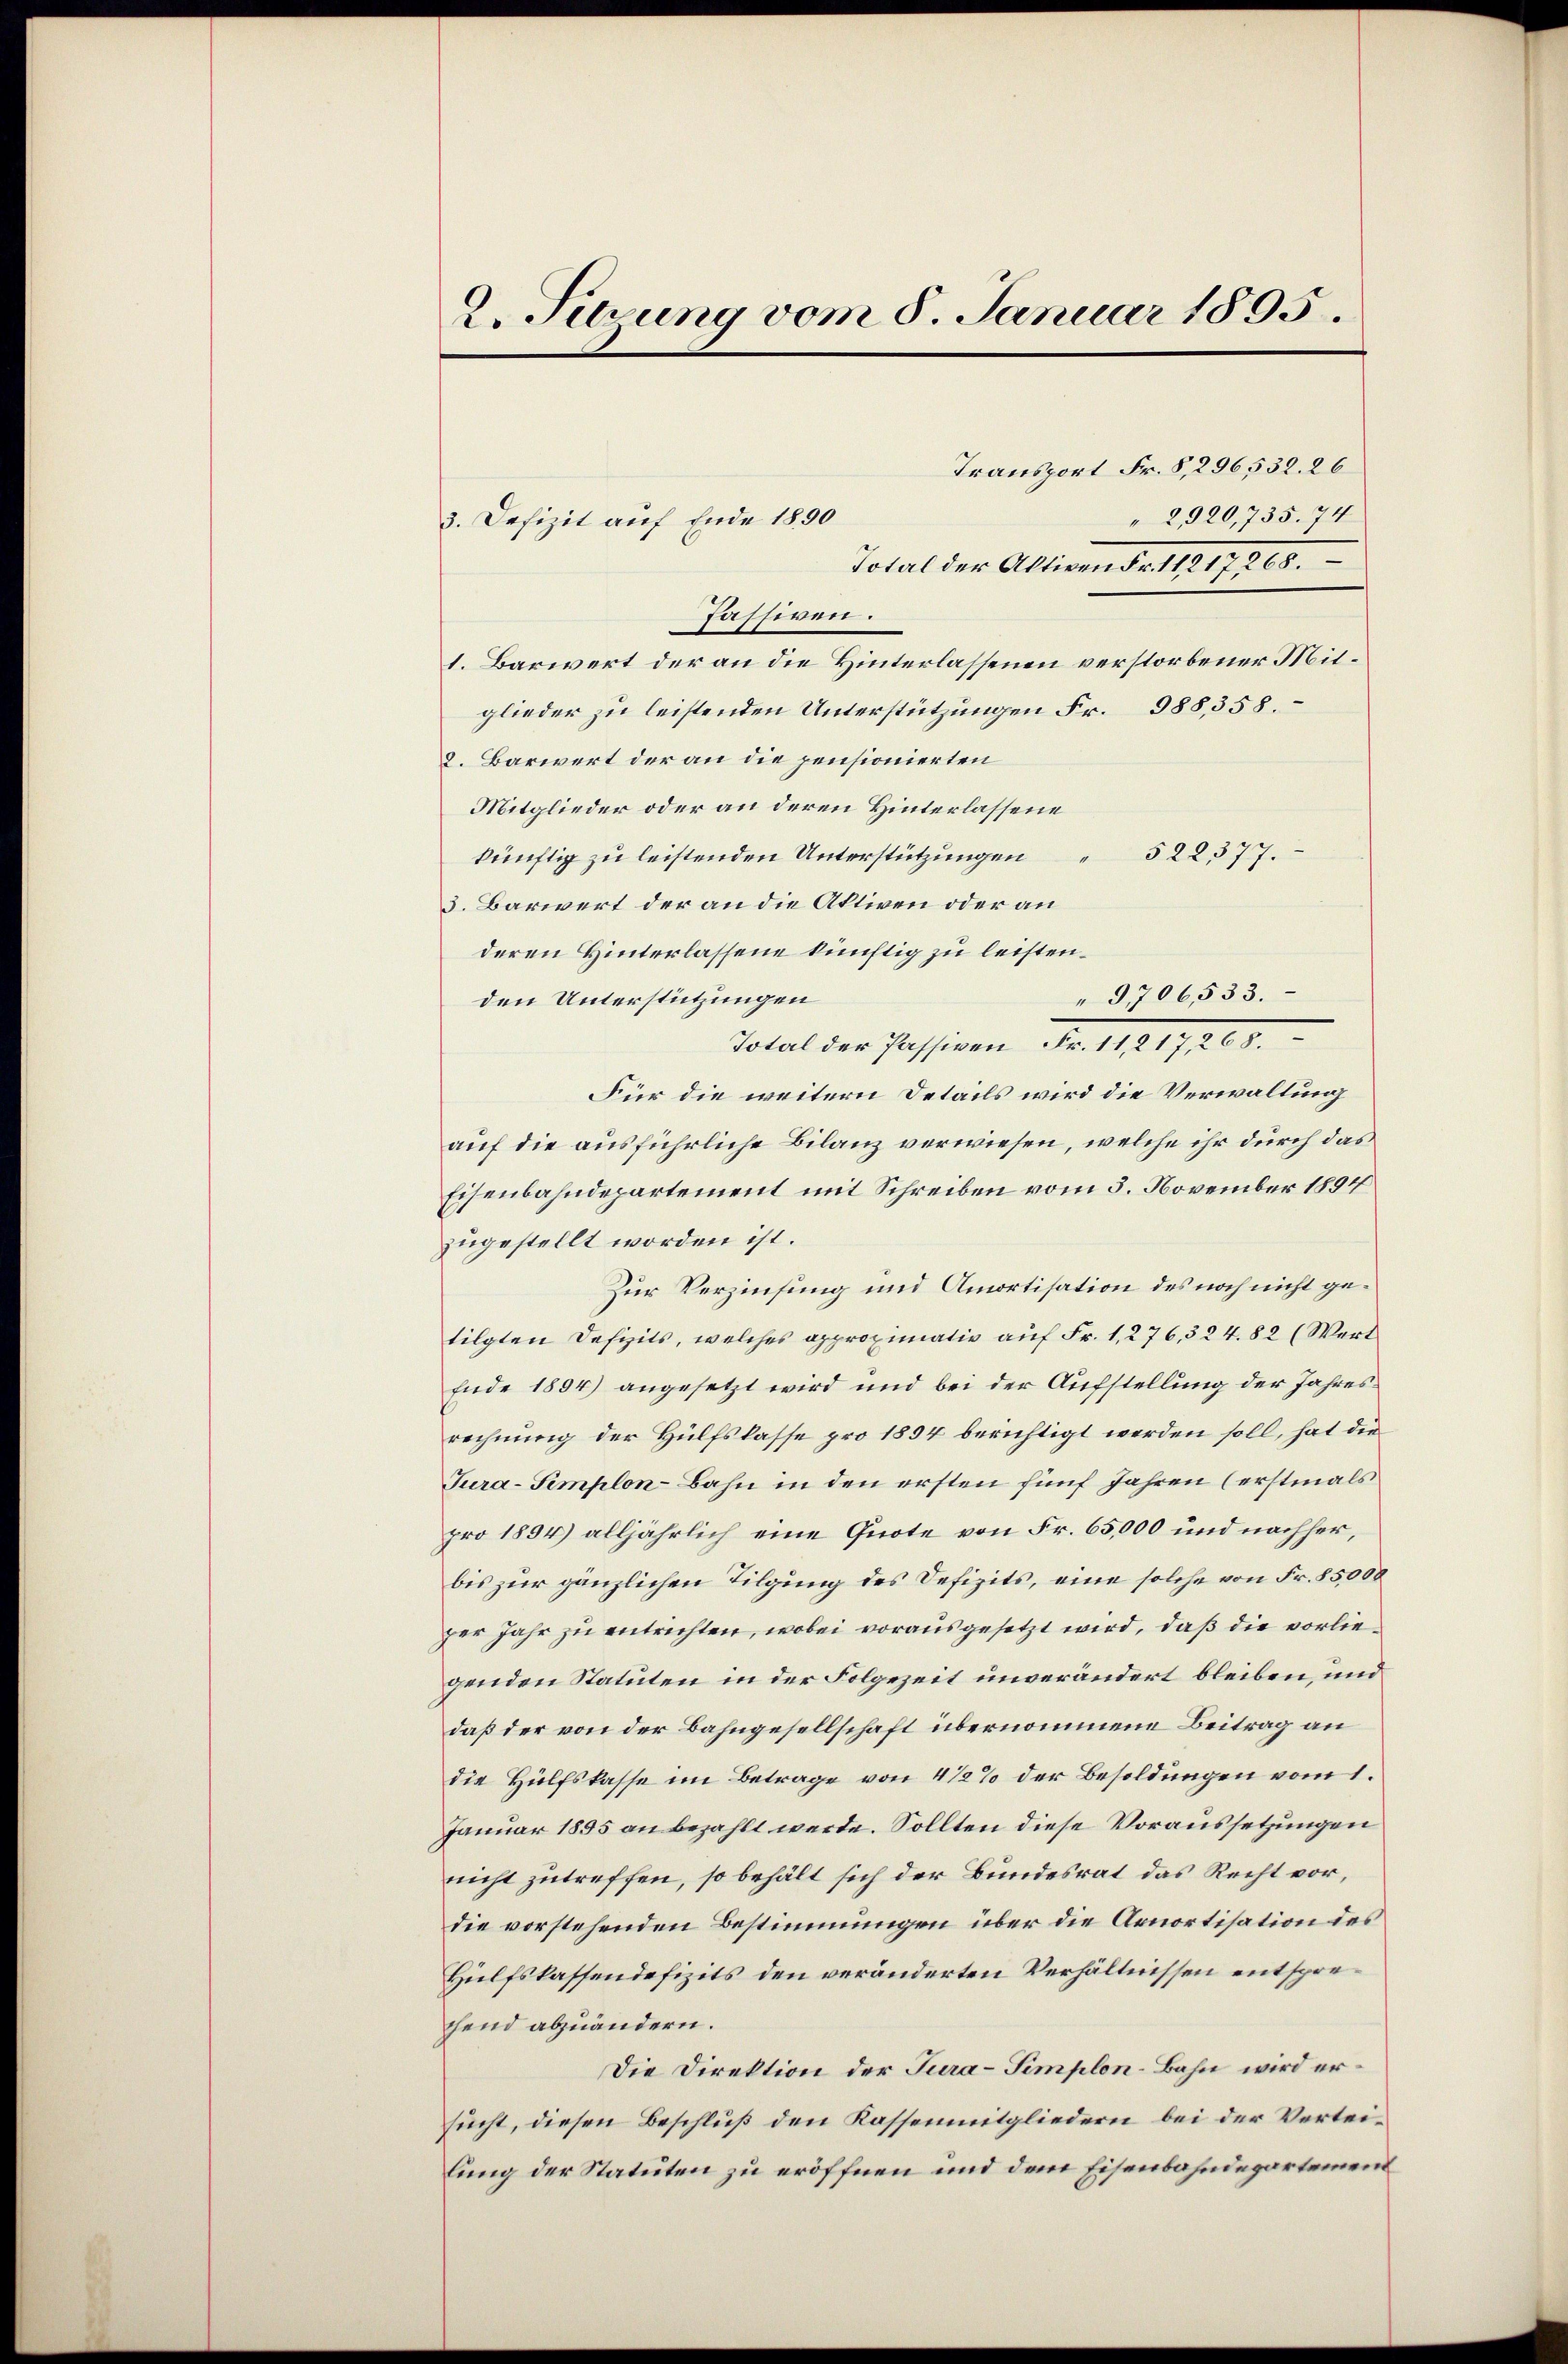
2. Sirung vom 8. Januar 1895.

3. Defizit auf Ende 1890
Passiven.

1. Barwert der an die Hinterlassenen verstorbener Mitglieder zu leistenden Unterstützungen Fr. 988,358.
2. Barwert der an die pensionierten
Mitglieder oder an deren Hinterlassene
522377.
künftig zu leistenden Unterstützungen
3. Barwert der an die Aktiven oder an
deren Hinterlassene künftig zu leisten.
den Unterstützungen
Total der Passiven Fr. 112
Für die weitern Details wird die Verwaltung
auf die ausführliche Bilanz verwiesen, welche ihr durch das
Eisenbahndepartement mit Schreiben vom 3. November 1894
zugestellt worden ist.
Zur Verzinsung und Amortisation des noch nicht getilgten Defizits, welches approximativ auf Fr. 1, 276,324. 82 (Wert
Ende 1894) angesetzt wird und bei der Aufstellung der Jahresrechnung der Hülfslasse pro 1894 berichtigt werden soll, hat die
Tura-Semplon-Bahn in den ersten fünf Jahren (erstmals
pro 1894) alljährlich eine Quote von Fr. 65,000 und nachher,
bis zur gänzlichen Tilgung des Defizits, eine solche von Fr. 85,000
zer Jahr zu entrichten, wobei vorausgesetzt wird, daß die vorlie
genden Statuten in der Folgezeit unverändert bleiben, und
daß der von der Bahngesellschaft übernommene Beitrag an
die Hülfskasse im Betrage von 4 1/2% der Besoldungen vom 1.
Januar 1855 an bezahlt werde. Sollten diese Voraussetzungen
nicht zutreffen, so behält sich der Bundesrat das Recht vor,
die vorstehenden Bestimmungen über die Arnortisation des
Hülfskassendefizits den veränderten Verhältnissen entsprechend abzuändern.
Die Direktion der Tura-Simplon-Bahn wird ersucht, diesen Beschluß den Kassenmitgliedern bei der Verteilung der Statuten zu eröffnen und dem Eisenbahndepartement

Transport Fr. 8,296532. 26
" 2920,735. 74
Total der Aktiven d. 11217200.

" 9706,533.